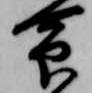
命